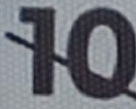
10